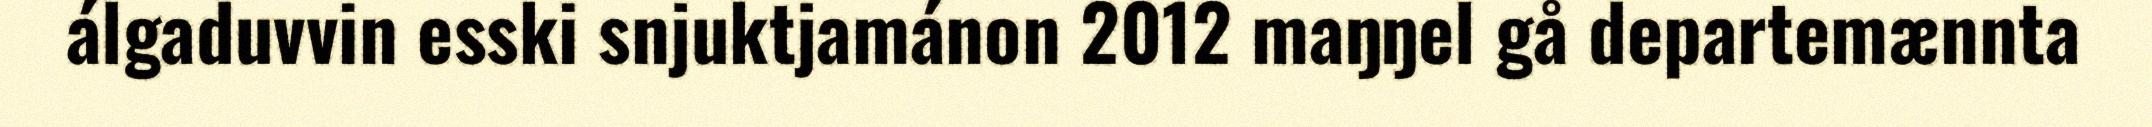
álgaduvvin esski snjuktjamánon 2012 maŋŋel gå departemænnta